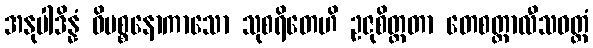
အနုပါဒိန္နံ ဝိပစ္စနောကာသော သုစရိတေဟိ ဥဇုစိတ္တတာ တေစတ္တာလီသဝတ္တံ